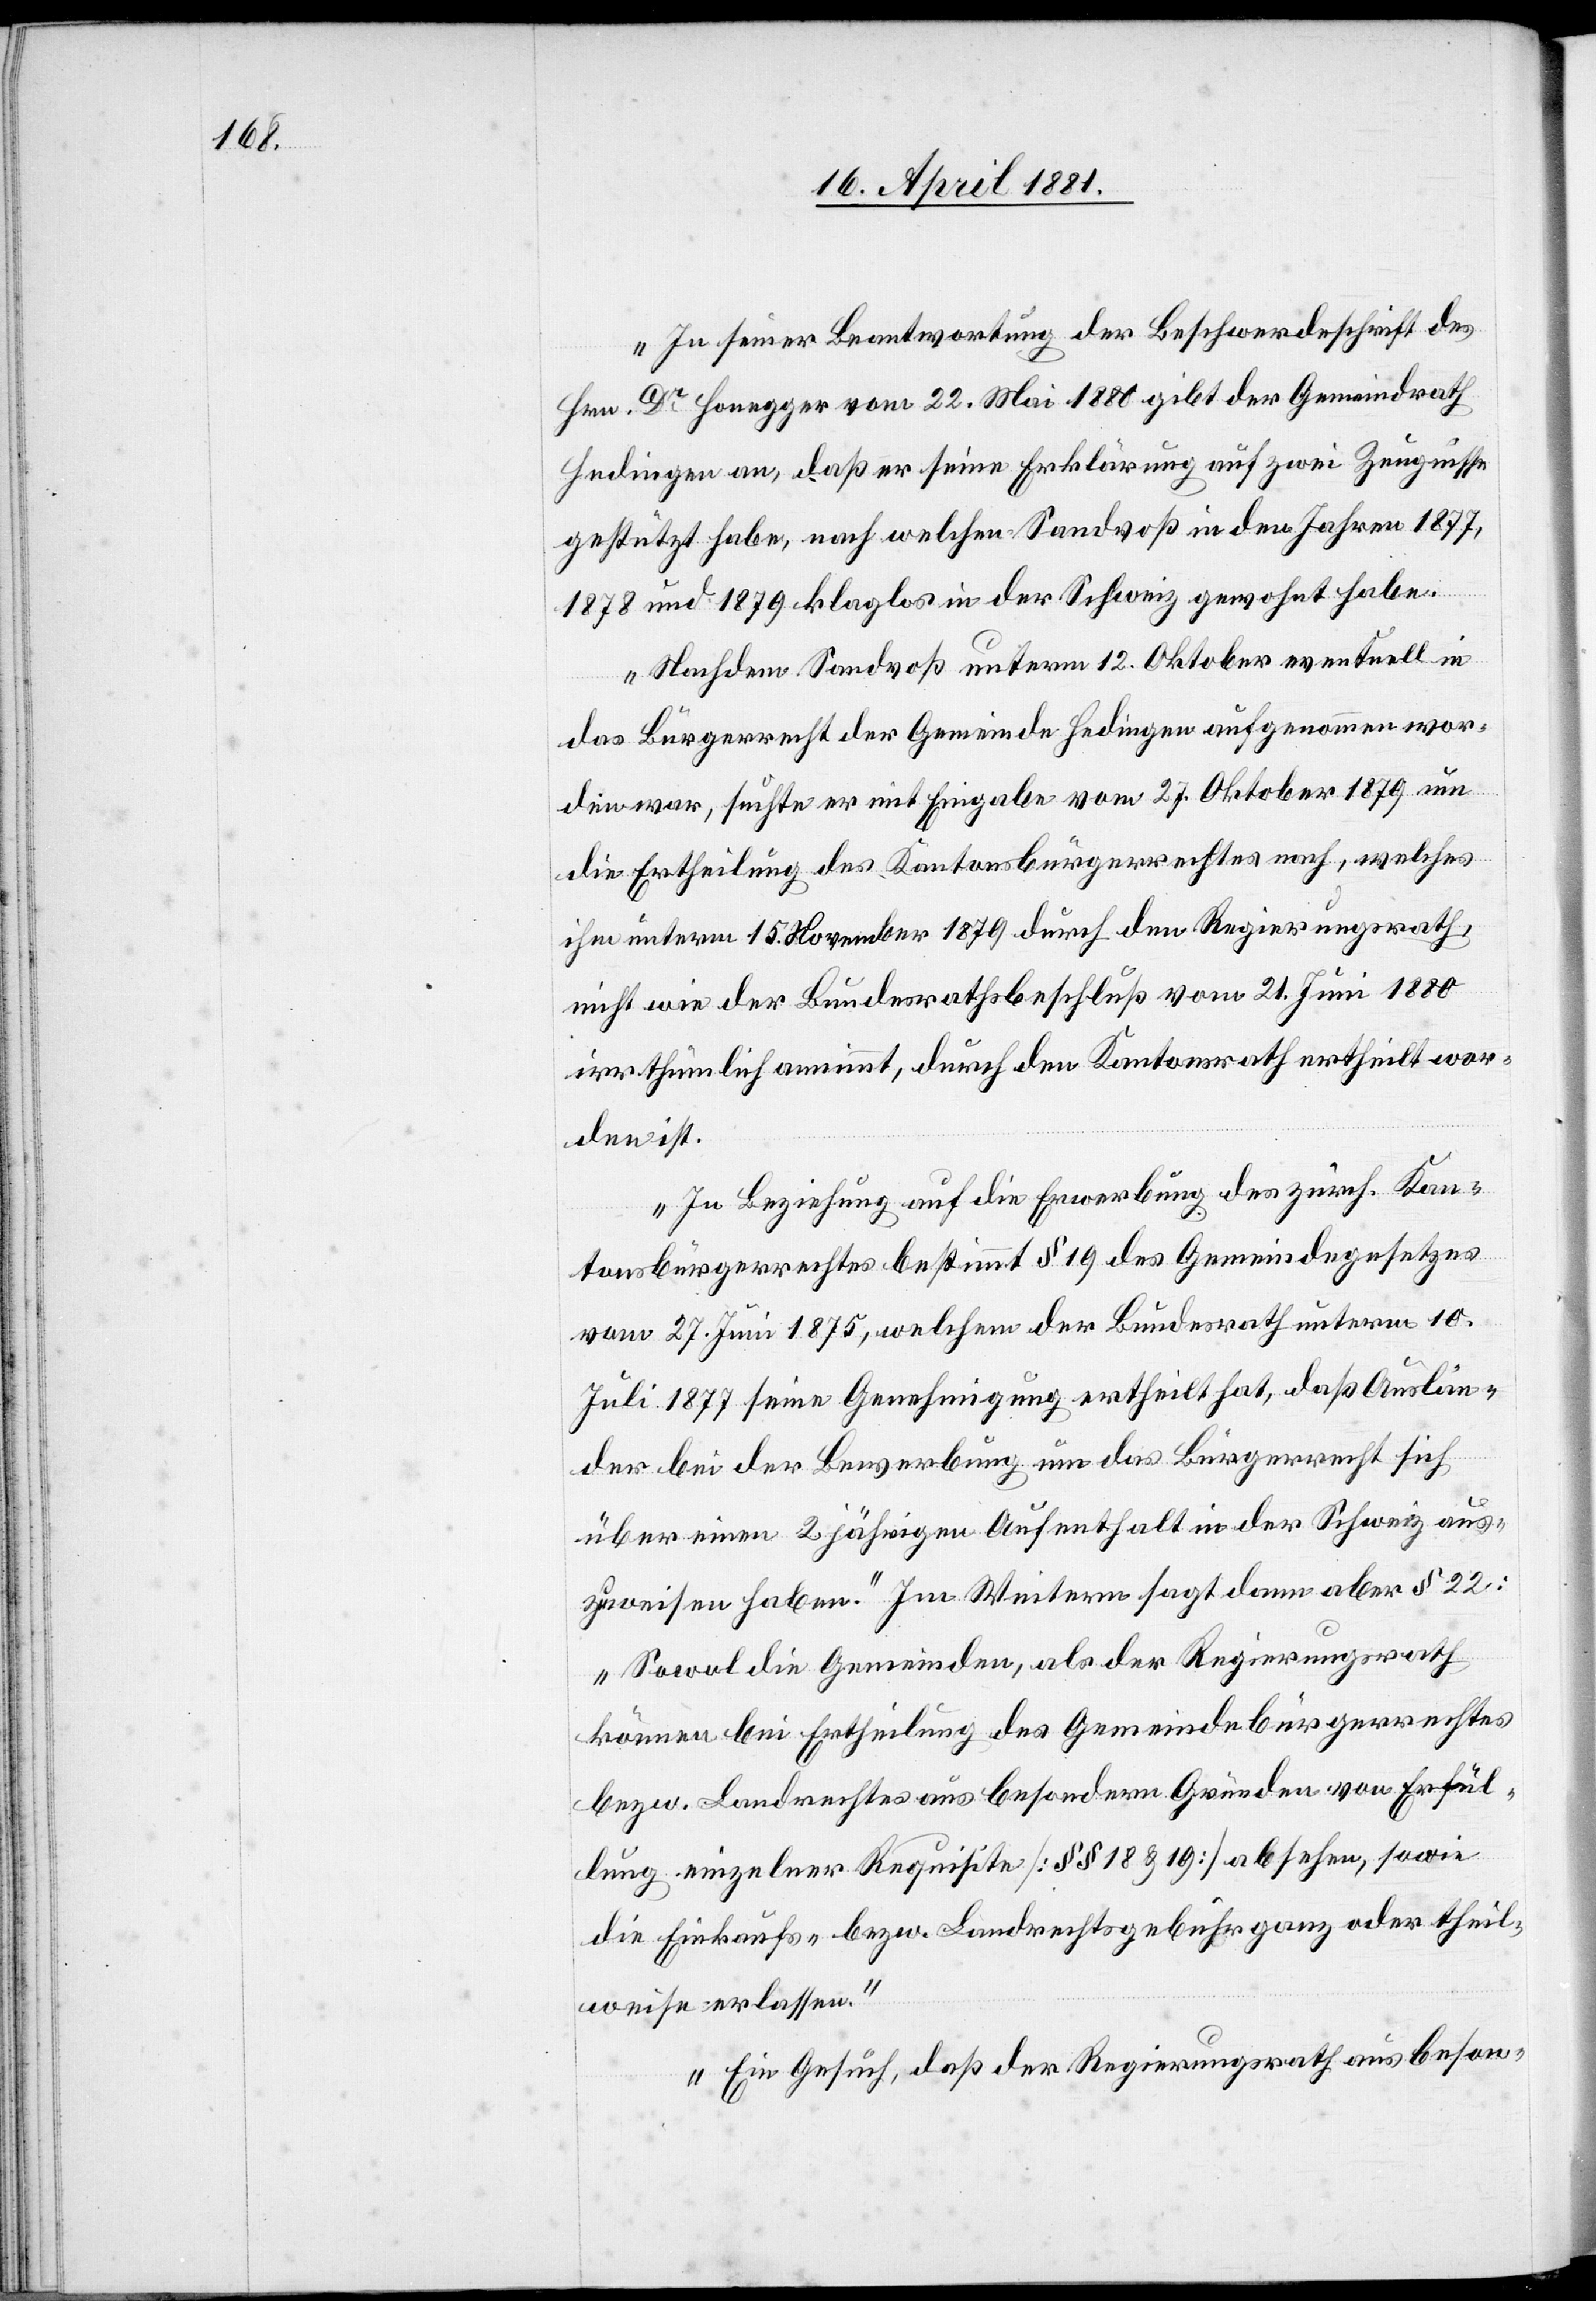
In seiner Beantwortung der Beschwerdeschrift des
Hrn. Dr Honegger vom 22. Mai 1880 gibt der Gemeindrath
Hedingen an, daß er seine Erklärung auf zwei Zeugnisse
gestützt habe. Nach welchen Sandvoß in den Jahren 1877,
1878 und 1879 klaglos in der Schweiz gewohnt habe.
Nachdem Sandvoß unterm 12. Oktober eventuell in
das Bürgerrecht der Gemeinde Hedingen aufgenommen wor¬
den war, suchte er mit Eingabe vom 27. Oktober 1879 um
die Ertheilung des Kantonsbürgerrechtes nach, welches
ihm unterm 15. November 1879 durch den Regierungsrath,
nicht wie der Bundesrathsbeschluß vom 21. Juni 1880
irrthümlich annimmt, durch den Kantonsrath ertheilt wor¬
den ist.
In Beziehung auf die Erwerbung des zürch. Kan¬
tonsbürgerrechtes bestimmt § 19 des Gemeindegesetzes
vom 27. Juni 1875, welchem der Bundesrath unterm 10.
Juli 1877 seine Genehmigung ertheilt hat, daß Auslän¬
der bei der Bewerbung um das Bürgerrecht sich
über einen 2 jährigen Aufenthalt in der Schweiz aus¬
zuweisen haben. Im Weitern sagt dann aber § 22:
„Sowol die Gemeinden, als der Regierungsrath
können bei Ertheilung des Gemeindebürgerrechtes
bezw. Landrechtes aus besonderen Gründen von Erfül¬
lung einzelner Requisite [§§ 18 & 19] absehen, sowie
die Einkaufs- bezw. Landrechtsgebühren ganz oder theil¬
weise erlassen.“
Ein Gesuch, daß der Regierungsrath aus beson-